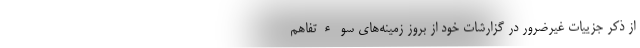
از ذکر جزییات غیرضرور در گزارشات خود از بروز زمینه‌های سوء‌تفاهم